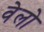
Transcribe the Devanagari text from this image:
वेलो